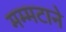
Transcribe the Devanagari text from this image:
मम्मटाने